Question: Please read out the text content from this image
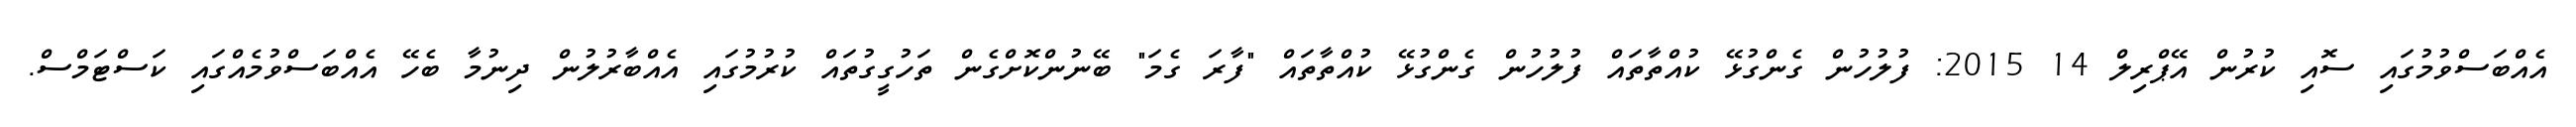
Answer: އެއްބަސްވުމުގައި ސޮއި ކުރުން އޭޕްރިލް 14 2015: ފުލުހުން ގެންގުޅޭ ކުއްތާތައް ފުލުހުން ގެންގުޅޭ ކުއްތާތައް "ފާރަ ގެމަ" ބޭނުންކޮށްގެން ތަހުގީގުތައް ކުރުމުގައި އެއްބާރުލުން ދިނުމާ ބެހޭ އެއްބަސްވުމެއްގައި ކަސްޓަމްސް.